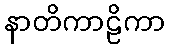
နာတိကာဠိကာ